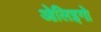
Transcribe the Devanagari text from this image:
ओलिइगो